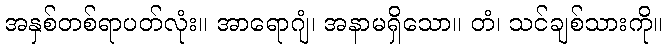
အနှစ်တစ်ရာပတ်လုံး။ အာရောဂျံ၊ အနာမရှိသော။ တံ၊ သင်ချစ်သားကို။